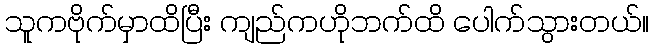
သူကဗိုက်မှာထိပြီး ကျည်ကဟိုဘက်ထိ ပေါက်သွားတယ်။